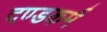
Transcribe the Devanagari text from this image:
दण्डकर्म